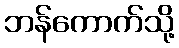
ဘန်ကောက်သို့